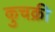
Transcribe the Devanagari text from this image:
कुचक्री